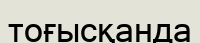
тоғысқанда